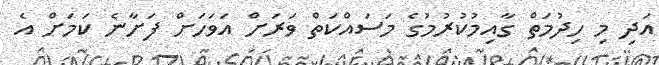
އަދި މި ހިދުމަތް ގާއިމުކުރުމުގެ މަސައްކަތް ވަރަށް އަވަހަށް ފަށާނެ ކަމަށް އެ